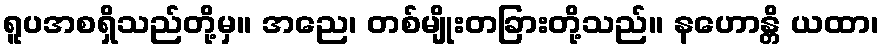
ရူပအစရှိသည်တို့မှ။ အညေ၊ တစ်မျိုးတခြားတို့သည်။ နဟောန္တိ ယထာ၊